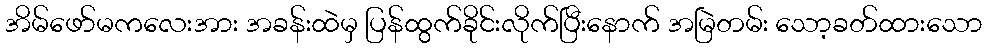
အိမ်ဖော်မကလေးအား အခန်းထဲမှ ပြန်ထွက်ခိုင်းလိုက်ပြီးနောက် အမြဲတမ်း သော့ခတ်ထားသော